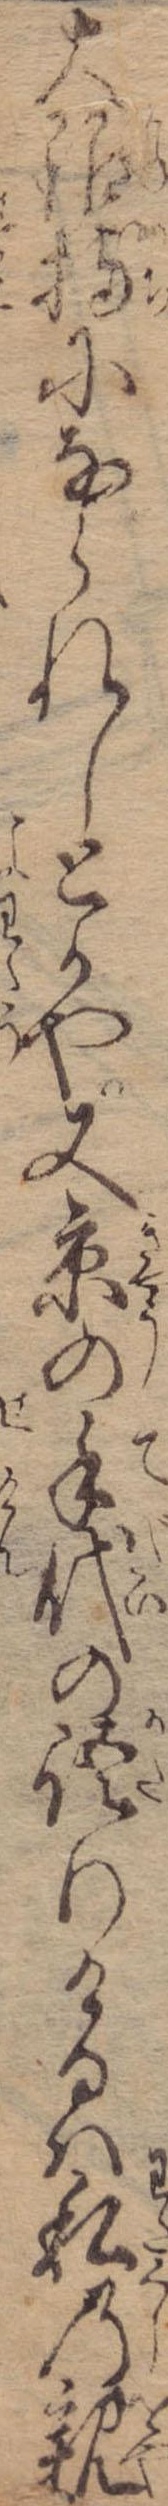
大銀持になられしとかや又京の手代の語りけるは私の親